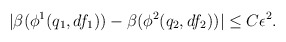
\begin{align*}\begin{aligned}|\beta(\phi^1(q_1, df_1))- \beta(\phi^2(q_2, df_2))| &\leq C \epsilon^2.\end{aligned}\end{align*}